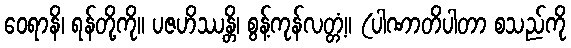
ဝေရာနိ၊ ရန်တို့ကို။ ပဇဟိဿန္တိ၊ စွန့်ကုန်လတ္တံ့။ (ပါဏာတိပါတာ စသည်ကို